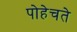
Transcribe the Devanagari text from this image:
पोहेचते